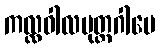
ကလ္လဝါလမုတ္တဂါမေ